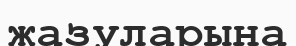
жазуларына